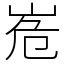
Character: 峞